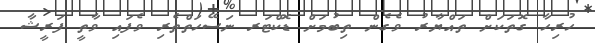
ހުރިހާ ގޮތަކަށް ތައްޔާރު ވެގެން ތިބުމަށް ޑޮކްޓަރ ނަސޭހަތްތެރި ވެފައި ވާތީ ފަރީޝާ